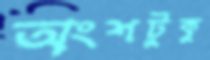
অংশটুকু